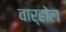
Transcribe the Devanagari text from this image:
वार्होल